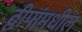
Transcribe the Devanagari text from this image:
द्वीपांमधील